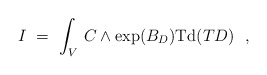
\begin{align*}I \ = \ \int_V \, C \wedge \exp(B_D) {\rm Td}(TD)\ \ ,\end{align*}